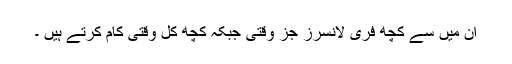
ان میں سے کچھ فری لانسرز جز وقتی جبکہ کچھ کُل وقتی کام کرتے ہیں ۔